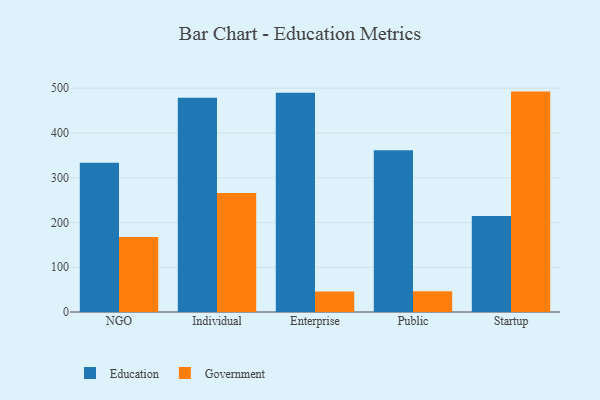
{"axis": {"x": "Segment", "y": "LTV (USD)"}, "legend": ["Education", "Government"], "data": [{"x": "NGO", "y": 333.4, "type": "Education"}, {"x": "NGO", "y": 167.6, "type": "Government"}, {"x": "Individual", "y": 478.4, "type": "Education"}, {"x": "Individual", "y": 266.0, "type": "Government"}, {"x": "Enterprise", "y": 489.8, "type": "Education"}, {"x": "Enterprise", "y": 45.9, "type": "Government"}, {"x": "Public", "y": 361.2, "type": "Education"}, {"x": "Public", "y": 46.3, "type": "Government"}, {"x": "Startup", "y": 214.6, "type": "Education"}, {"x": "Startup", "y": 492.4, "type": "Government"}]}